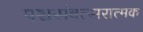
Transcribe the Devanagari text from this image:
पञ्चसंवत्सरात्मक